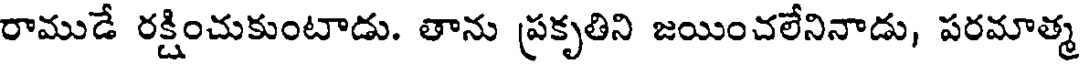
రాముడే రక్షించుకుంటాడు. తాను ప్రకృతిని జయించలేనినాడు, పరమాత్మ